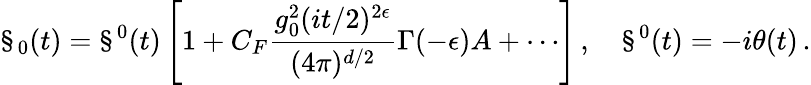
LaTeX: \S_{0}(t)=\S^{0}(t)\left[1+C_{F}\frac{g_{0}^{2}(it/2)^{2\epsilon}}{(4\pi)^{d/2}}\Gamma(-\epsilon)A+\cdots\right]\, ,\quad\S^{0}(t)=-i\theta(t)\, .